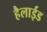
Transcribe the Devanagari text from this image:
हैलाईड